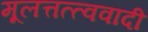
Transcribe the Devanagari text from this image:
मूलत्तत्त्ववादी